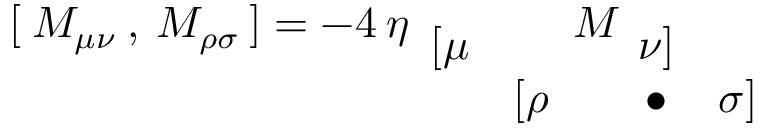
[ \: M _ { \mu \nu } \: , \: M _ { \rho \sigma } \: ] = - 4 \: \eta _ { \begin{array} { c c } { { [ \mu } } & { { } } \\ { { } } & { { [ \rho } } \end{array} } M _ { \begin{array} { c c } { { \nu ] } } & { { } } \\ { { \bullet } } & { { \sigma ] } } \end{array} }